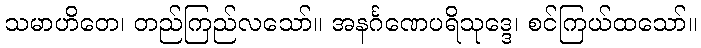
သမာဟိတေ၊ တည်ကြည်လသော်။ အနင်္ဂဏေပရိသုဒ္ဒေ၊ စင်ကြယ်ထသော်။